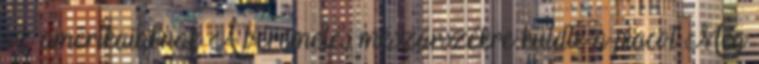
az amerikaiaknak A béremelés mészárszékre küldte a piacot Még